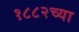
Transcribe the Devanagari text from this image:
१८८२च्या